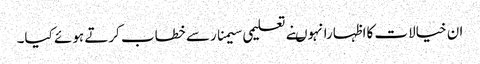
ان خیالات کااظہارانہوںنے تعلیمی سیمنارسے خطاب کرتے ہوئے کیا۔